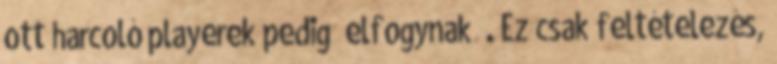
ott harcoló playerek pedig „elfogynak” . Ez csak feltételezés,